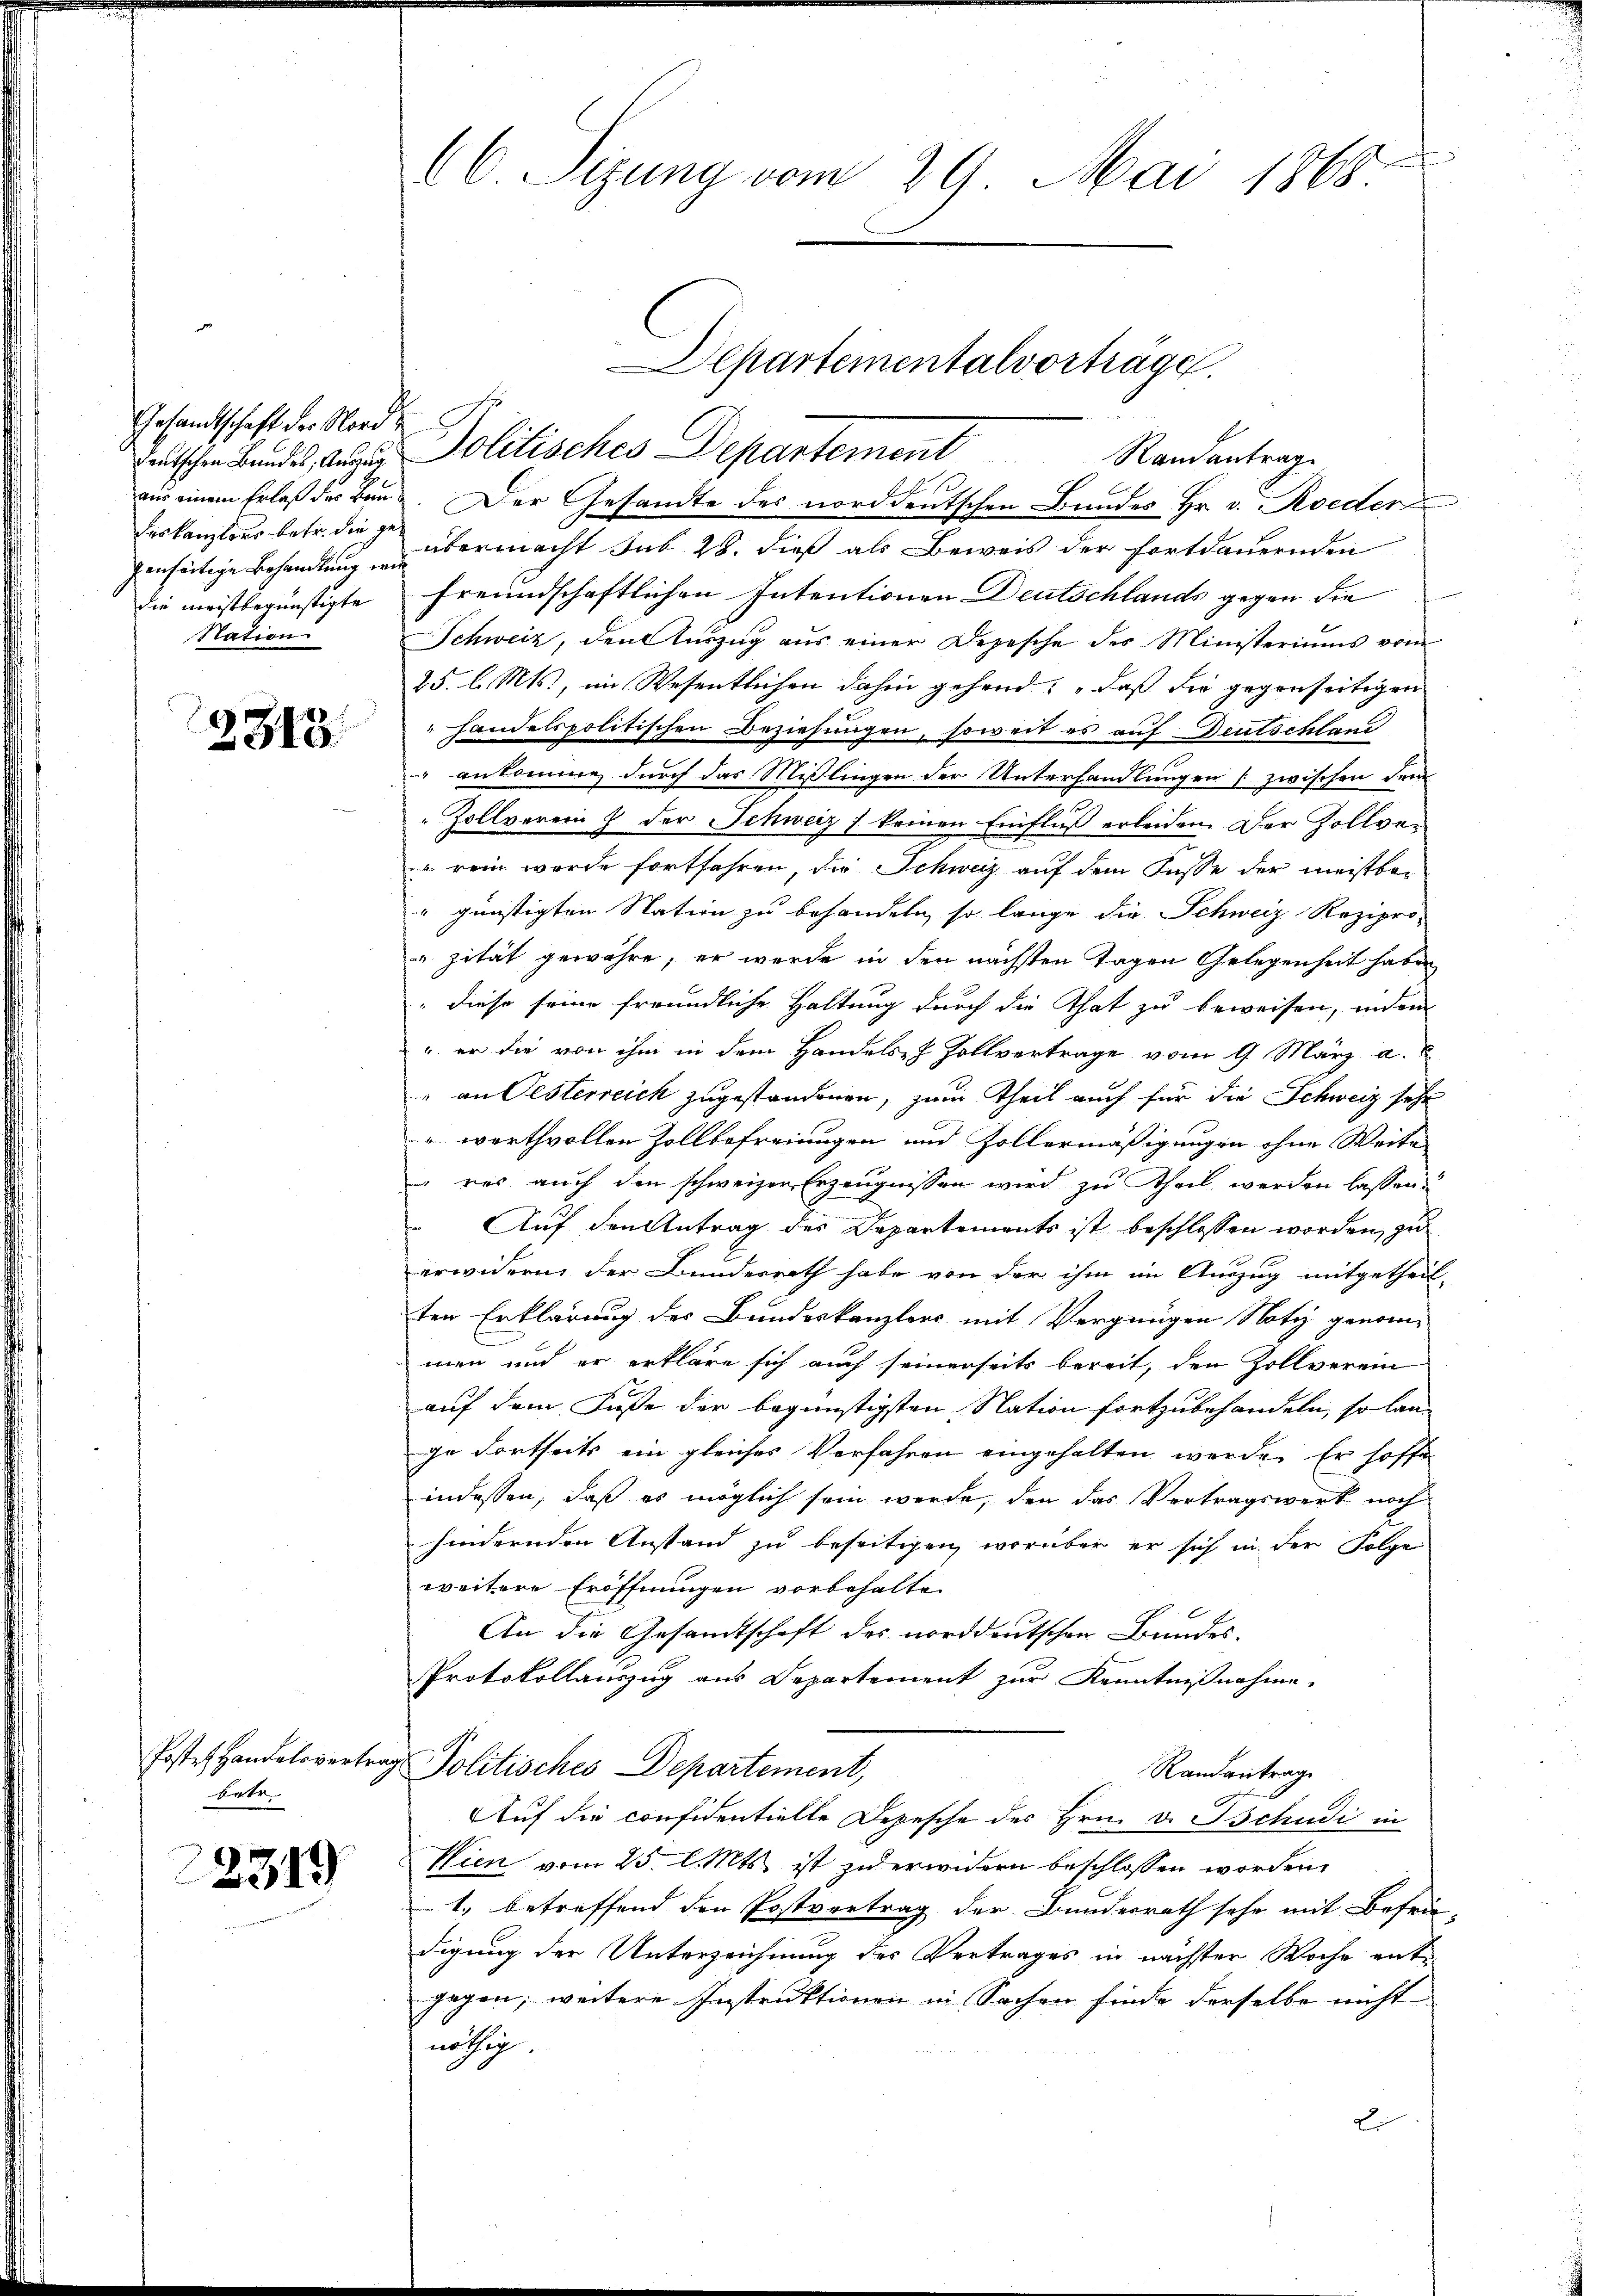
Gesandtschaft der Nord
genseitige Behandlung wie
die meistbegünstigte
Station

2313.

betr.

2319

66 Sizung vom 29. Mai 1868.

Departementalvorträge.

tschen Bundes, der Politisches Departement Randantrage
aus einem Erlaß der Band. Der Gesandte des norddeutschen Bundes Hr. v. Roeder
deskanzlos betr. diese übermacht sub 28. dieß als Beweis der Fortdauernden
freundschaftlichen Intentionen Deutschlands gegen die
Schweiz, den Auszug aus einer Depesche des Ministeriums vom
25. l. Mts., im Wesentlichen dahin gehend, „daß die gegenseitigen
handelspolitischen Beziehungen, soweit es auf Deutschland
ankomme, durch das Mißlingen der Unterhandlungen zwischen dem
Zollverein J. der Schweiz) keinen Einfluß erleiden. Der Zollve¬
" rein wurde fortfahren, die Schweiz auf dem Fusse der meistbar
" günstigten Nation zu behandeln, so lange die Schweiz. Reziprozität gewähre, er wurde in den nächsten Tagen Gelegenheit haben
" diese seine freundliche Haltung durch die That zu beweisen, indem
u. er die von ihm in dem Handelsh Zollvertrage vom 9. März a.
" an Oesterreich zugestandenen, zum Theil auch für die Schweiz sehr
uwerthvollen Zollbefreiungen und Zollermäßigungen ohne Weite
res auch den schweizer Erzeugnissen wird zu Theil werden lassen.
Auf den Antrag der Departements ist beschlossen worden, zu
erwidern, der Bundesrath habe von der ihm im Auszug mitgetheil-
ten Erklärung des Bundeskanzlers mit Vergnügen Notiz genom-
men und er erkläre sich auch seinerseits bereit, den Zollverein
auf dem Fuße der begünstigsten Nation fortzubehandeln, so lange Fortseits ein gleiches Verfahren eingehalten werde. Er hoffe
indessen, daß es möglich sein werde, den das Vertragswerk noch
hindernden Anstand zu beseitigen, worüber er sich in der Folge
weitere Eröffnungen vorbehalten
An die Gesandtschaft des norddeutschen Bundes-
Protokollauszug aus Departement zur Kenntnißnahme
Posten Handelsvertrags Politisches Departement,
Randantrage
Auf die confidentielle Depesche des Hrn. v. Tschudi in
Wien vom 25. l. Mts. ist zu erwidern beschlossen worden.
1., betreffend den Postvertrag der Bundesrath sehr mit Befrie-
digung der Unterzeichnung des Vertrages in nächster Woche entgegen, weitere Instruktionen in Sachen finde derselbe nicht
nöthig.
L